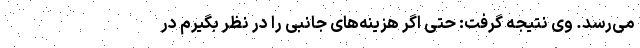
می‌رسد. وی نتیجه گرفت: حتی اگر هزینه‌های جانبی را در نظر بگیرم در